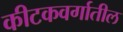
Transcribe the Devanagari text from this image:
कीटकवर्गातील